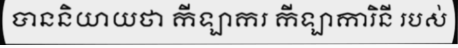
បាននិយាយថា កីឡាករ កីឡាការិនី របស់